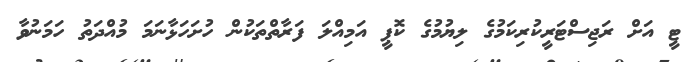
ޓީ އަށް ރަޖިސްޓަރީކުރިކަމުގެ ލިޔުމުގެ ކޮޕީ އަމިއްލަ ފަރާތްތަކުން ހުށަހަޅާނަމަ މުއްދަތު ހަމަނުވާ